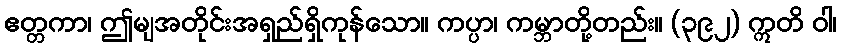
ဧတ္တကာ၊ ဤမျအတိုင်းအရှည်ရှိကုန်သော။ ကပ္ပာ၊ ကမ္ဘာတို့တည်း။ (၃၉၂) ဣတိ ဝါ၊